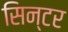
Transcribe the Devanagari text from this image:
सिन्टर